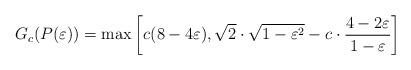
LaTeX: \begin{align*}G_c(P(\varepsilon))=\max\left[c(8-4\varepsilon), \sqrt{2}\cdot \sqrt{1-\varepsilon^2}-c\cdot\frac{4-2\varepsilon}{1-\varepsilon}\right]\end{align*}